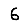
Digit: 6